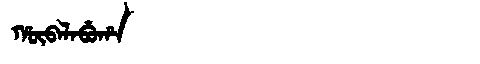
Manchu: ᡥᡡᠪᠠᠯᠠᠪᡠᡥᠠ
Romanization: HŪBALABUHA